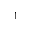
_ 1